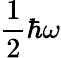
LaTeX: {\frac{1}{2}}\hbar\omega